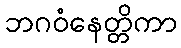
ဘဂဝံနေတ္တိကာ